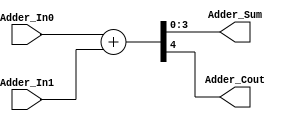
module Adder(
Adder_In0,
Adder_In1,
Adder_Sum,
Adder_Cout
);

input  [3:0]Adder_In0;
input  [3:0]Adder_In1;

output  [3:0]Adder_Sum;
output  Adder_Cout;

assign   { Adder_Cout , Adder_Sum } = Adder_In0 + Adder_In1 ;

endmodule